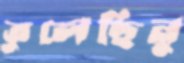
তুলেছিনু